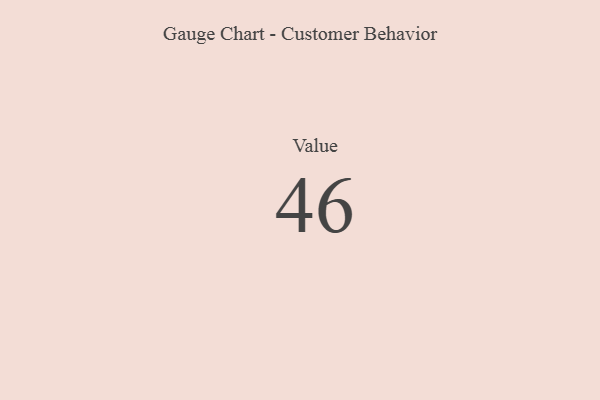
{"axis": {"x": "Metric", "y": "Value"}, "legend": [""], "data": [{"x": "Value", "y": 46, "type": ""}]}